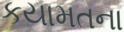
કયામતના